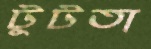
টুটতা